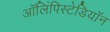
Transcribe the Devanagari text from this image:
ऑलिंपिस्टेडियॉन